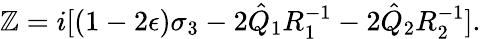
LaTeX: \mathbb{Z}=i[(1-2\epsilon)\sigma_{3}-2\hat{{Q}}_{1}R_{1}^{-1}-2\hat{{Q}}_{2}R_{2}^{-1}].